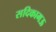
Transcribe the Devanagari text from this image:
सदिकामऊ